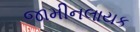
જામીનલાયક